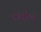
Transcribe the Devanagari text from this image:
कजोल